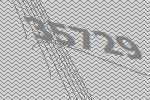
35729